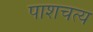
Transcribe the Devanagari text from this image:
पाशचत्य